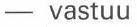
- vastuu